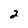
Character: 2